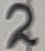
Text: 3